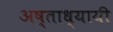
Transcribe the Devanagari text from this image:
अष्ताध्यायी